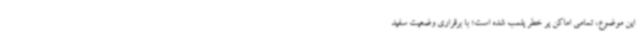
این موضوع، تمامی اماکن پر خطر پلمب شده است؛ با برقراری وضعیت سفید